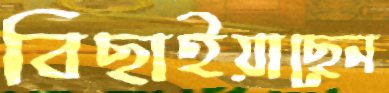
বিছাইয়াছেন